Annual administration report of the Civil Veterinary Department of India - 1896-1897
Year: 1896
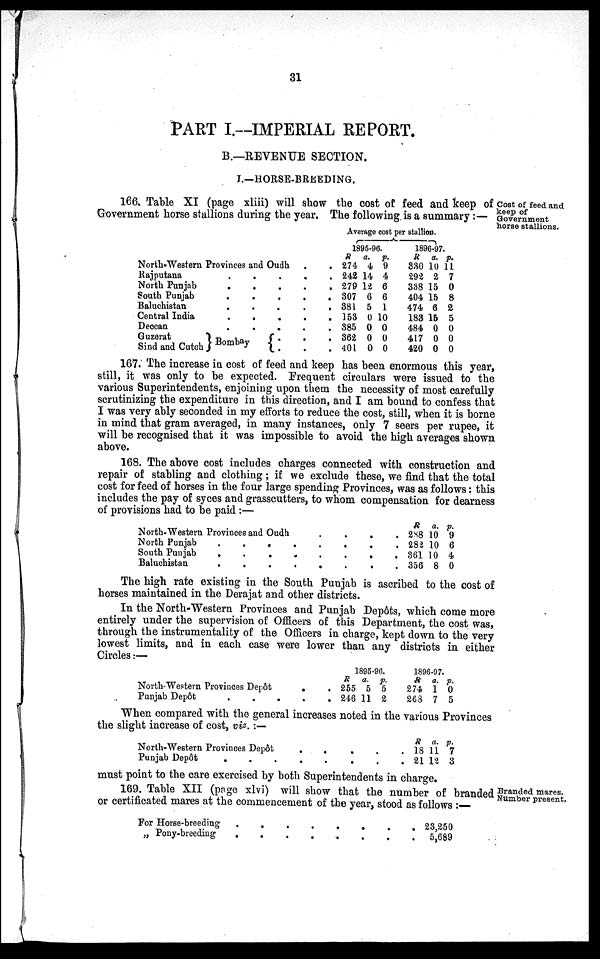
31
PART I.—IMPERIAL REPORT.
B.—REVENUE SECTION.
I.—HORSE-BREEDING.
Cost of feed and
keep of
Government
horse stallions.
166. Table XI (page xliii) will show the cost of feed and keep of
Government horse stallions during the year. The following is a summary:—
North-Western Provinces and
Oudh.
.
Rajputana . . . . .
North Punjab . . . . .
South Punjab . . . . .
Baluchistan . . . . .
Central India . . . . .
Deccan
.
.
.
.
.
.
Guzerat . . .
and
Cutch}Bombay{
.
.
.
Average cost per stallion.
1895-96.
R
274
242
279
307
381
153
385
362
401
a.
4
14
12
6
5
0
0
0
0
p.
9
4
6
6
1
10
0
0
0
1896-97.
R
330
292
338
404
474
183
484
417
420
a.
10
2
15
15
6
15
0
0
0
p.
11
7
0
8
2
5
0
0
0
167. The increase in cost of feed and keep has been enormous this year,
still, it was only to be expected. Frequent circulars were issued to the
various Superintendents, enjoining upon them the necessity of most carefully
scrutinizing the expenditure in this direction, and I am bound to confess that
I was very ably seconded in my efforts to reduce the cost, still, when it is borne
in mind that gram averaged, in many instances, only 7 seers per rupee, it
will be recognised that it was impossible to avoid the high averages shown
above.
168. The above cost includes charges connected with construction and
repair of stabling and clothing; if we exclude these, we find that the total
cost for feed of horses in the four large spending Provinces, was as follows: this
includes the pay of syces and grasscutters, to whom compensation for dearness
of provisions had to be paid:—
North-Western Provinces and Oudh . . . . .
North Punjab . . . . .
South Puujab . . . . .
Baluchistan . . . . .
R
288
282
361
356
a.
10
10
10
8
p.
9
6
4
0
The high rate existing in the South Punjab is ascribed to the cost of
horses maintained in the Derajat and other districts.
In the North-Western Provinces and Punjab Depôts, which come more
entirely under the supervision of Officers of this Department, the cost was,
through the instrumentality of the Officers in charge, kept down to the very
lowest limits, and in each case were lower than any districts in either
Circles:—
North-Western Provinces Depôt
.
.
Punjab Depôt
.
.
.
.
.
1895-96.
R
255
246
a.
5
11
p.
5
2
1896-97.
R
274
268
a.
1
7
p.
0
5
When compared with the general increases noted in the various Provinces
the slight increase of cost, viz.:—
North-Western Provinces Depôt .. . . .
Punjab Depôt
.
.
.
.
.
.
.
.
R
18
21
a.
11
12
p.
7
3
must point to the care exercised by both Superintendents in charge.
Branded mares.
Number present.
169. Table XII (page xlvi) will show that the number of branded
or certificated mares at the commencement of the year, stood as follows:—
For Horse-breeding
.
.
.
.
.
.
.
.
„ Pony-breeding
.
.
.
.
.
.
.
.
23,250
5,689